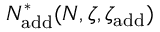
N _ { \mathrm { a d d } } ^ { * } ( N , \zeta , \zeta _ { \mathrm { a d d } } )